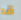
قد